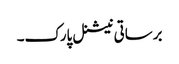
برساتی نیشنل پارک۔